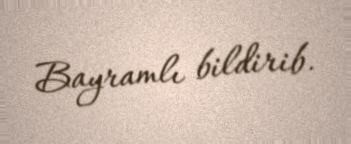
Bayramlı bildirib.